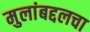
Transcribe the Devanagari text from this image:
मुलांबद्दलचा